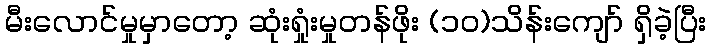
မီးလောင်မှုမှာတော့ ဆုံးရှုံးမှုတန်ဖိုး (၁၀)သိန်းကျော် ရှိခဲ့ပြီး